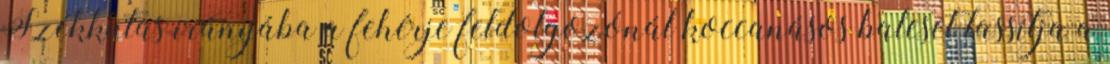
Székkutas irányába a fehérje feldolgozónál koccanásos baleset lassítja a